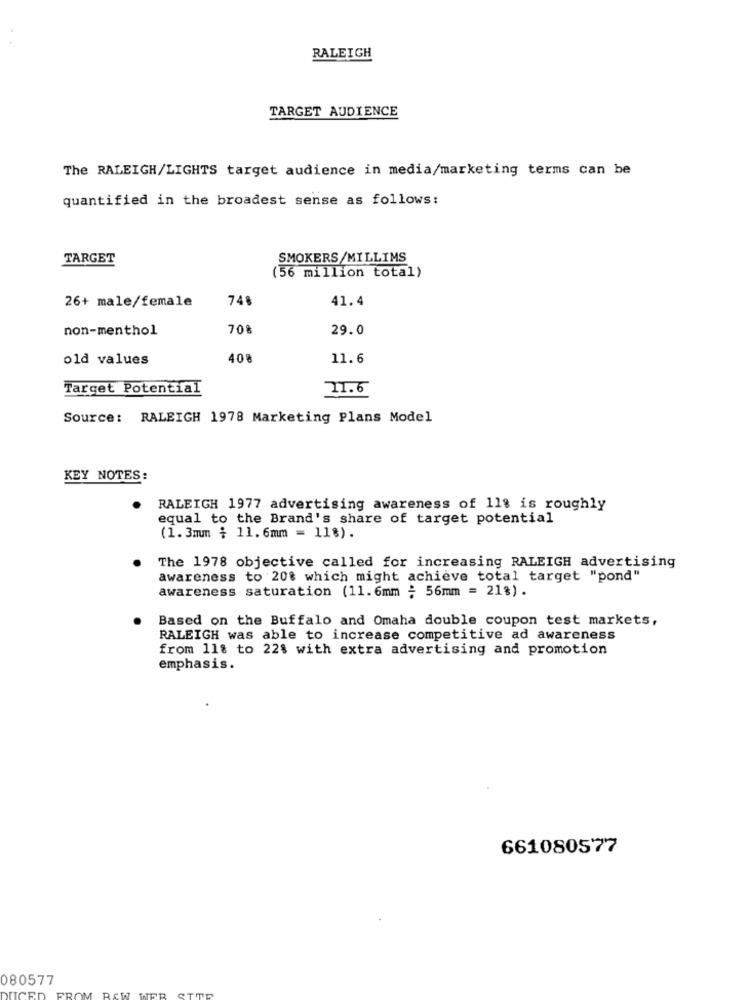
RALEIGH
TARGET AUDIENCE
The RALEIGH/LIGHTS target audience in media/marketing terms can be
quantified in the broadest sense as follows:
TARGET
SMOKERS/MILLIMS
(56 million total)
26+ male/female
748
41.4
non-menthol
70%
29.0
old values
408
11.6
Target Potential
11.6
Source: RALEIGH 1978 Marketing Plans Model
KEY NOTES:
RALEIGH 1977 advertising awareness of 11% is roughly
equal to the Brand's share of target potential
(1.3mm ; 11. 6mm = 11%).
The 1978 objective called for increasing RALEIGH advertising
awareness to 20% which might achieve total target "pond"
awareness saturation (11.6mm : 56mm = 21%) .
Based on the Buffalo and Omaha double coupon test markets,
RALEIGH was able to increase competitive ad awareness
from 11% to 22% with extra advertising and promotion
emphasis.
661080577
080577
DUCED
FROM RAW